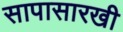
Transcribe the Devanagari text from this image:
सापासारखी